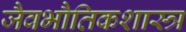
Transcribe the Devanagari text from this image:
जैवभौतिकशास्त्र